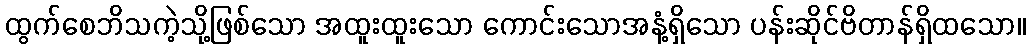
ထွက်စေဘိသကဲ့သို့ဖြစ်သော အထူးထူးသော ကောင်းသောအနံ့ရှိသော ပန်းဆိုင်ဗိတာန်ရှိထသော။